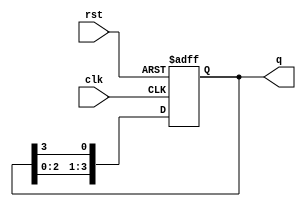
module ring_counter #(parameter N = 4) (
    input wire clk,         // Clock input
    input wire rst,         // Reset input (active high)
    output reg [N-1:0] q    // Output state of the ring counter
);

// Initial state of the ring counter
initial begin
    q = 1'b1; // Initialize the first flip-flop to '1'
end

// Always block triggered on the rising edge of the clock
always @(posedge clk or posedge rst) begin
    if (rst) begin
        q <= 1'b1; // Reset the counter to initial state
    end else begin
        q <= {q[N-2:0], q[N-1]}; // Shift the '1' to the right
    end
end

endmodule